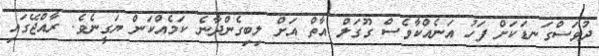
ދުވަސްގަނޑަކަށް ފަހު އަނެއްކާވެސް ގޫގަލް އާތް އަށް ލިބިގެންދާނެ ކަމެއްކަން ޔަގީނެވެ. ރާއްޖޭގައި